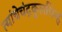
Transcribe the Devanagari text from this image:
त्यांचेचंद्रकुलचिन्ह